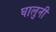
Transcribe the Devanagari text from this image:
घालुनी